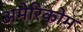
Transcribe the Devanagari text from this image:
अमेरिकोम